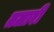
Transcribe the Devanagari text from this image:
तलारी